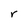
Character: r